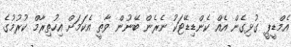
އެމްޑީޕީ ގުޅިގެން އެއް ކެންޑިޑޭޓަކު ނެރެން ބޭނުން ވާތީ އެކަމަށް އިހުތިރާމް ކުރުމުގެ